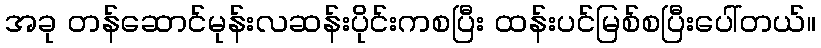
အခု တန်ဆောင်မုန်းလဆန်းပိုင်းကစပြီး ထန်းပင်မြစ်စပြီးပေါ်တယ်။